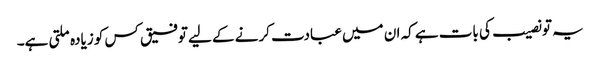
یہ تو نصیب کی بات ہے کہ ان میں عبادت کرنے کے لیے توفیق کس کو زیادہ ملتی ہے۔